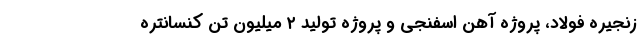
زنجیره فولاد، پروژه آهن اسفنجی و پروژه تولید ۲ میلیون تن کنسانتره